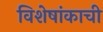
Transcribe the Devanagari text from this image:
विशेषांकाची